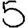
Digit: 5